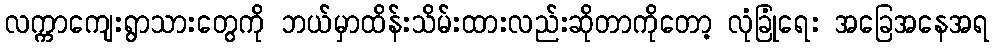
လက္ကာကျေးရွာသားတွေကို ဘယ်မှာထိန်းသိမ်းထားလည်းဆိုတာကိုတော့ လုံခြုံရေး အခြေအနေအရ